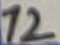
Text: 12